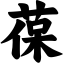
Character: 葆